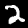
Label: 2